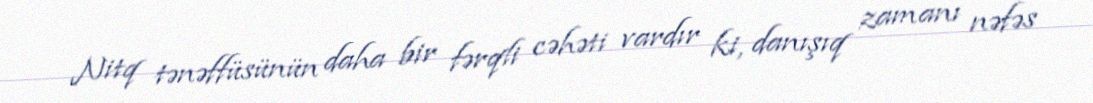
Nitq tənəffüsünün daha bir fərqli cəhəti vardır ki, danışıq zamanı nəfəs